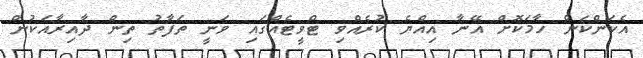
އެކަންކަން ހާމަކޮށް އޭނާ އިއްޔެ ކުރެއްވި ޓްވީޓެއްގައި ވަނީ ތަފާތު ތިން ދާއިރާއަކުން